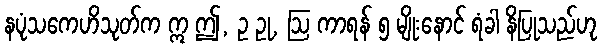
နပုံသကေဟိသုတ်က ဣ ဤ, ဥ ဥု, ဩ ကာရန် ၅ မျိုးနောင် ရံခါ နိပြုသည်ဟု